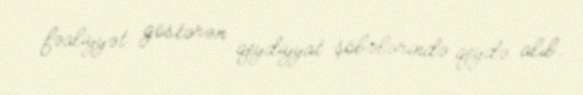
fəaliyyət göstərən qeydiyyat şöbələrində qeydə alıb.